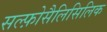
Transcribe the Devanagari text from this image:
सल्फ़ोसैलिसिलिक